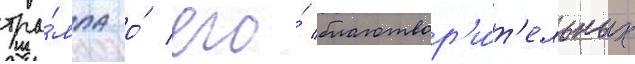
тра́мпа о́ его́ благотвор'и́т'ельных